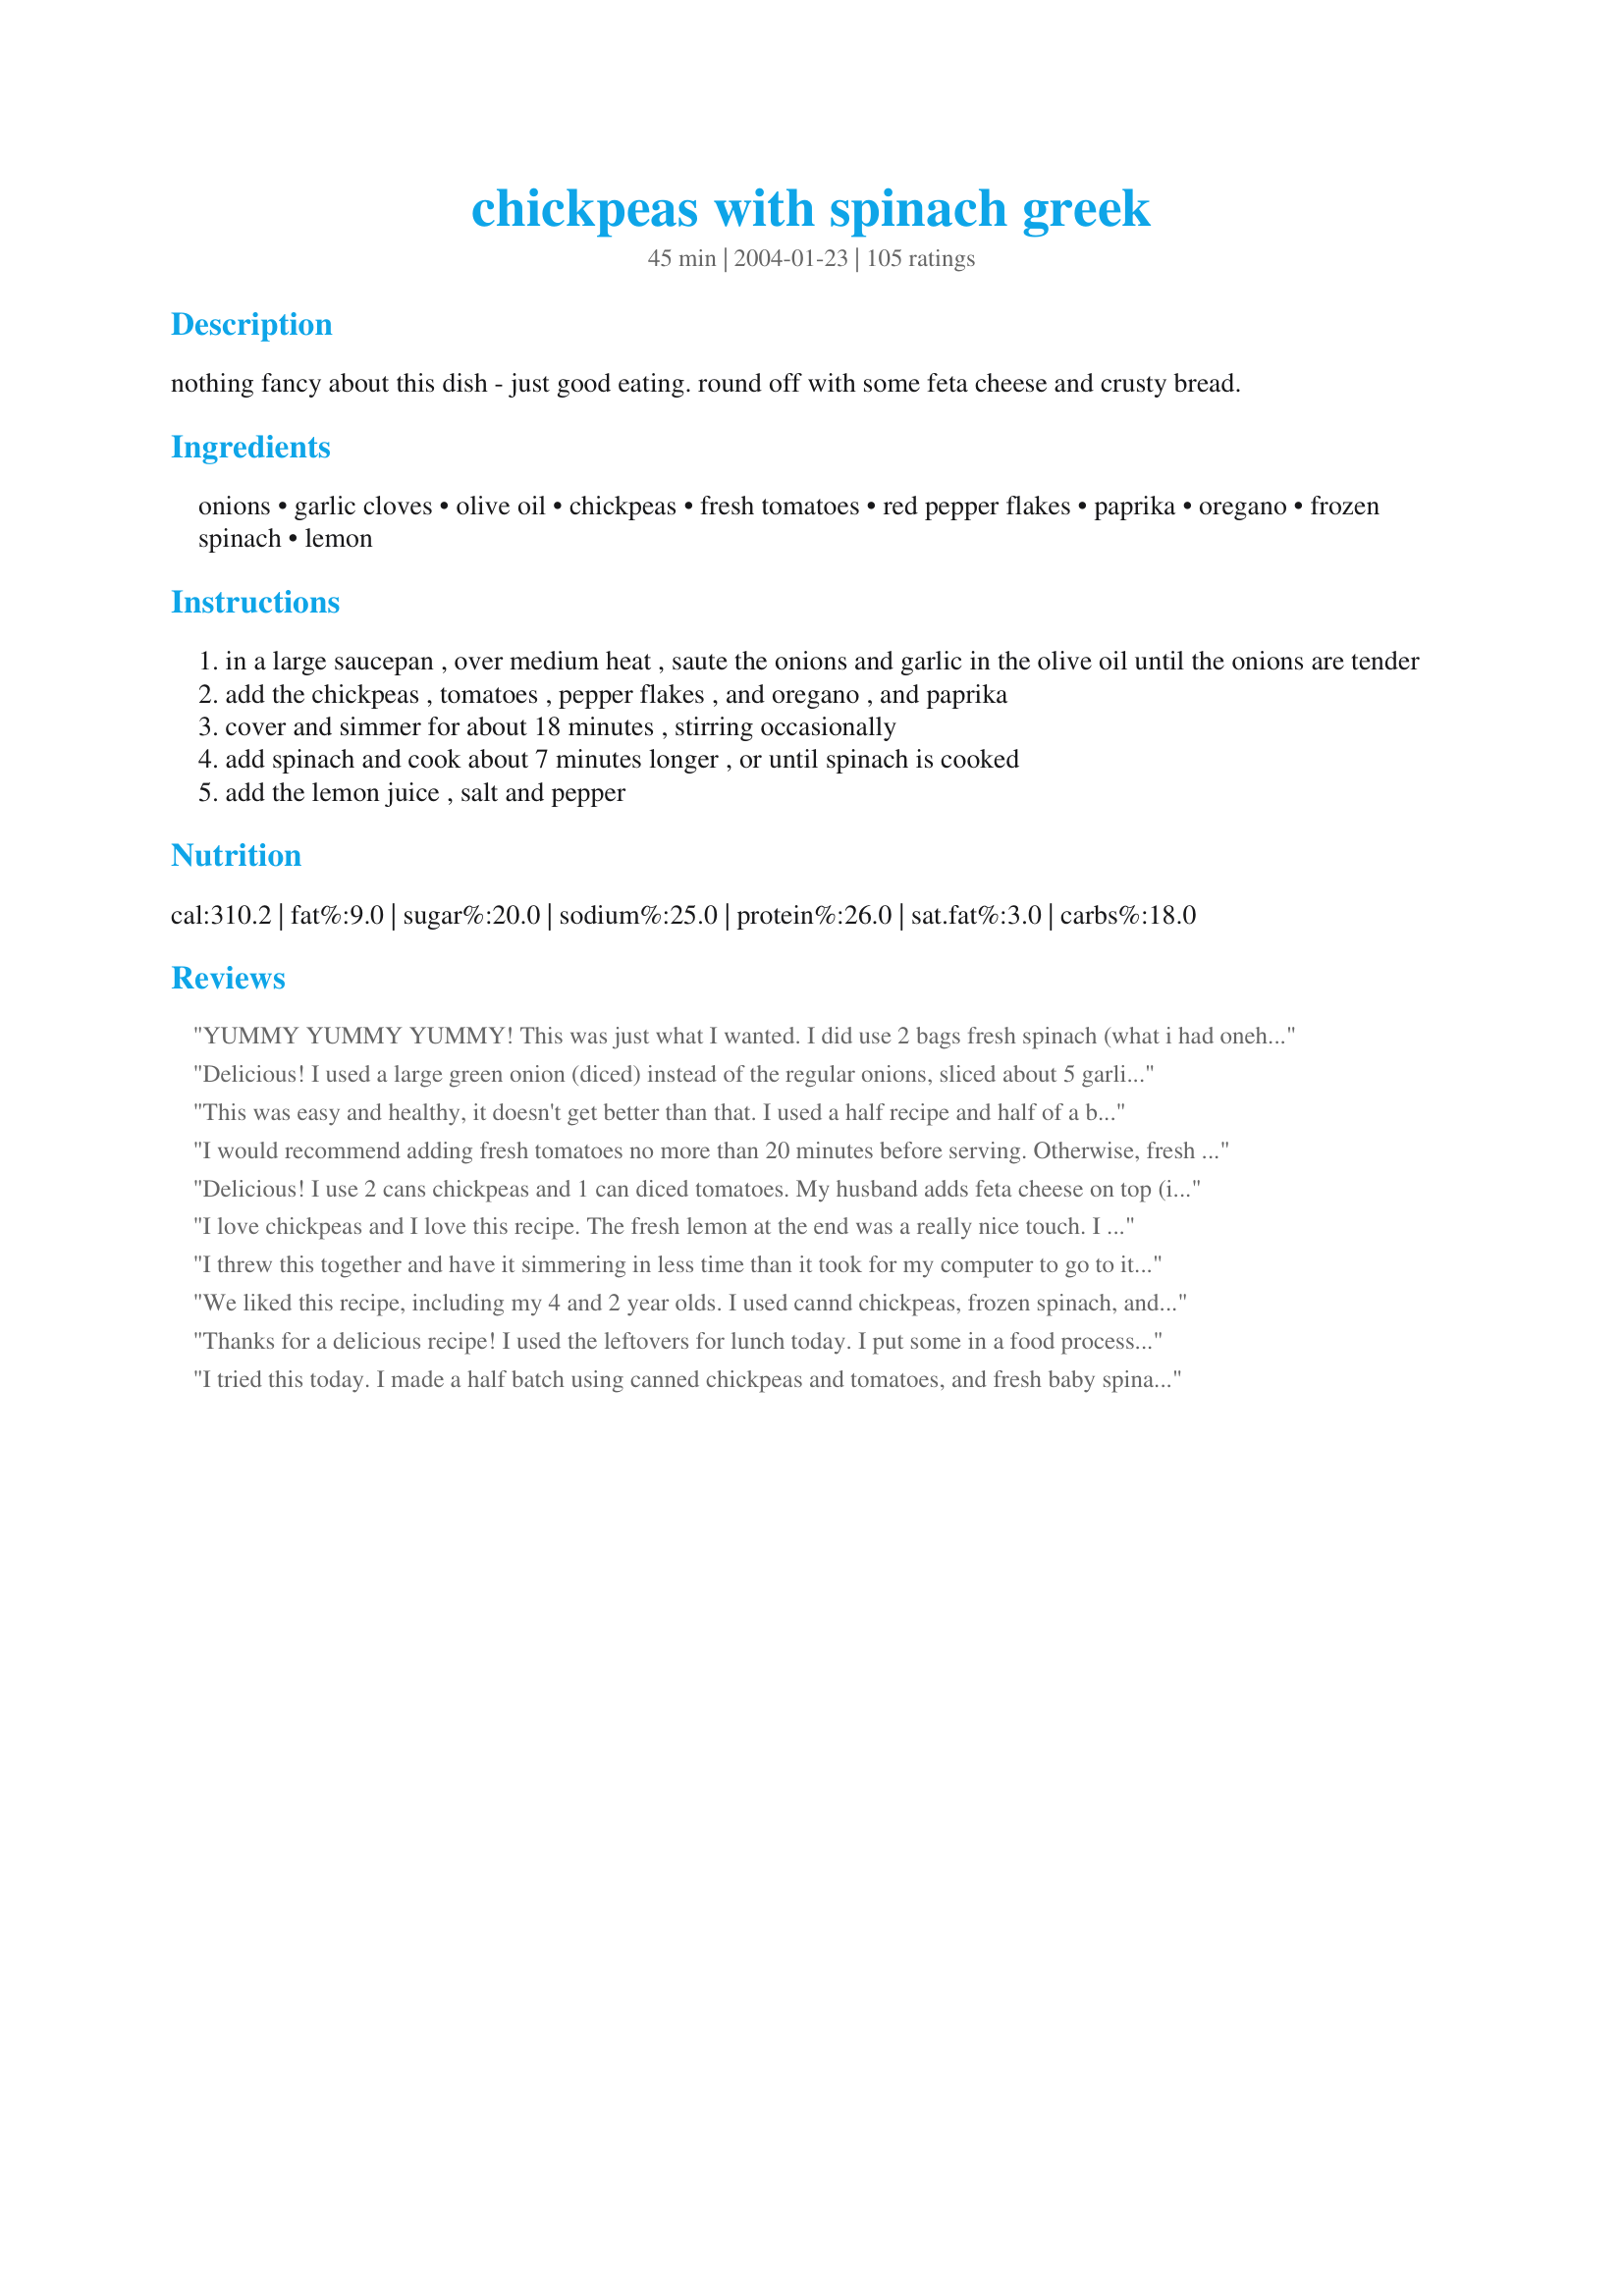
chickpeas with spinach greek
Preparation time: 45 minutes

nothing fancy about this dish - just good eating. round off with some feta cheese and crusty bread.

Ingredients:
onions, garlic cloves, olive oil, chickpeas, fresh tomatoes, red pepper flakes, paprika, oregano, frozen spinach, lemon

Steps:
in a large saucepan , over medium heat , saute the onions and garlic in the olive oil until the onions are tender
add the chickpeas , tomatoes , pepper flakes , and oregano , and paprika
cover and simmer for about 18 minutes , stirring occasionally
add spinach and cook about 7 minutes longer , or until spinach is cooked
add the lemon juice , salt and pepper

Reviews:
YUMMY YUMMY YUMMY! This was just what I wanted. I did use 2 bags fresh spinach (what i had onehand) instead of frozen (i think this made it better!) Served with white rice.
Delicious! I used a large green onion (diced) instead of the regular onions, sliced about 5 garlic cloves instead of 3 minced, used canned chickpeas and canned tomatoes because it's what I had on hand. Absolutely delicious recipe that even my "fry it 'til it's dead" husband had seconds of - my preschoolers loved it - we ate every bit! Easy and nutritious and definitely, added to our regular rotation. Thanks for a keeper!!!
This was easy and healthy, it doesn't get better than that. I used a half recipe and half of a bag of fresh spinach. I served it with garlic bread and some corn on the cob.
I would recommend adding fresh tomatoes no more than 20 minutes before serving. Otherwise, fresh tomatoes will cook away. Also, I would think that the bigger the pieces of spinach, the better--for when you're selecting; use leaf spinach rather than chopped. It makes for a much prettier dish.<br/><br/>Updated: 24 October 2011<br/>I was apprehensive, but this froze well for two months!<br/>I was prepared to have the peas be mushy, but they were not.<br/>I did use fresh chick peas, not canned.
Delicious! I use 2 cans chickpeas and 1 can diced tomatoes. My husband adds feta cheese on top (it's good either way) and we eat it with brown rice.
I love chickpeas and I love this recipe. The fresh lemon at the end was a really nice touch. I started with a couple pieces of sliced bacon and cooked the onions in a little of the bacon fat instead of olive oil. I also wanted my chickpeas a little soupier so I added some chicken stock to the simmering sauce. We didn't have any feta so I freshly grated some parmeson after plating. It was yummy! Thanks for the recipe!
I threw this together and have it simmering in less time than it took for my computer to go to its screen saver.
I used tiny canned chick peas, a whole can of chopped tomatoes, as it seemed to want more moisture, and frozen spinach. I don't think it is going to cook for more than 20 minutes, and I tasted it already, heavenly, healthy and good. This is exactly what we all need after the holidays, and will be great warmed up at work. 
The feta is in the fridge waiting for it. This is not what I wanted to have for dinner tonight, but we may not be able to help ourselves, the house smells so good!
Thanks for another simple winner!
We liked this recipe, including my 4 and 2 year olds. I used cannd chickpeas, frozen spinach, and fresh tomatoes.
Thanks for a delicious recipe! I used the leftovers for lunch today. I put some in a food processor with one raw egg, pulsed it until it was chopped fine, formed a large spoonful of the mixture into a patty, covered in flour, fried in olive oil and butter until nice and crisp. I squeezed some fresh lemon juice on each before serving with a simple mixture of Fage yogurt that I had mixed one crushed clove of garlic with. It was the perfect meal for us today!
I tried this today. I made a half batch using canned chickpeas and tomatoes, and fresh baby spinach. It is very tasty and quick. Thanks for the recipe!
This was way too good! I used canned, diced tomatoes - just cooked them down til all the liquid was gone. I also used fresh spinach. The blend of flavors was great, and the dish is very filling. Quick and easy way to get a very flavorful and healthy meal.
This was pretty good and is a keeper.

I especially enjoyed making it with dried chickpeas I'd previously cooked and frozen; they had a firmer texture than the mush you usually get from canned chickpeas. I forgot about the lemon juice at the end, as well as the bread and feta, and it was just fine that way but am looking forward to having it with feta and bread, or perhaps over brown rice next time.
We did not like it
THIS RECIPE IS WONDERFUL. I cut the recipe in half, used canned chickpeas, 1 bag fresh baby spinach, 1/4 of a small lemon and sprinkle with parmesan for an Italian dish. It was so delicious and I will be making this again. Next time I will definitely use the feta cheese and more lemon for the Greek flair. I would not serve this with anything but crusty bread as suggested. &lt;br/&gt;YUMMY, SUPER RECIPE. Thanks for sharing.
Made this for dinner last night and enjoyed it very much. The lemon cannot be omitted, it pulls all the other flavours together and makes the frozen spinach sing, which is no easy feat for frozen spinach. Thanks for this one, I will be making it regularly.
Just what I was looking for. Very filling, tasty, easy prep, and low-cost. I used canned tomatoes and juice of 1 lemon. Thanks for a delightful lunch.
I hesitated while rating this...because for flavor it was really four stars, but when I thought back at how EASY this was and how the ingredients could be kept on hand at all times, WOW. Cheap, quick, easy, tasty--that's a recipe worth writing home about. Thanks!!
This has quickly become a weekday staple in our house. We use fresh silverbeet rather than frozen spinach, and just wilt it.

Very yummy with toasted pita bread, and with crumbled feta on top.

Thanks for the great recipe.
This dish was delicious. I omitted adding the salt because I can get the same salt from my feta cheese.
This is super super good!! I love all these ingredients together and you can do lots with it! I used 2(15.5oz) cans of drained and rinsed chickpeas which yielded exactly 3 cups and 2 (14.5oz) cans of fire-roasted tomatoes that I drained and kept the juice for cooking and deglazing this dish. Used 1/4 tsp red pepper flakes and 1/2 tsp aleppo pepper flakes which have even better flavor. Only used 1/4 tsp paprika. Finally, used yellow sweet onions, plus a little more oil for all of those onions and fresh spinach. I layered the seasonings each time from the onions, then when adding the chickpeas, then spinach and loved the freshness that the lemon juice added too! This turned out really great and is great with or without the feta on top too! Thank you for the recipe!!
I had some spinach to use up so made this with canned chick peas and tomatoes, just for convenience's sake. It has a nice combination of flavours and some crumbled feta on top is the finishing touch.
Good chickpea recipe.
Mm-mm-mm! Delicious stuff! Adding feta really rounds out the taste. I halved the recipe with no problems, and unfortunately had to squeeze in bottled lemon juice as I forgot to buy lemons - I'm sure fresh juice would have made a great difference! Still, this turned out great and I will definitely make again! Thanks Ev!
Very good and healthy.
Easy and exactly my to my taste. Excellent even without the feta.
Yum! This turned out great. I would up using a little more tomato and chickpeas than the recipe called for, and no harm done. Used about 1 tsp of red pepper flakes and the heat was just right.
This is a delicious vegetarian dinner. I used freshly cooked chickpeas, sun dried tomatoes and a mixture of farm fresh spinach and baby arugula. This was served over cooked pearl barley for a heart meal. Made for *ZWT6*
I really liked this dish. I used some fresh chopped red pepper and used fresh basil instead of oregano. And for the lemon I used 1/2 green lime.

Really great!
YUM! I absolutely love this meal! It's so easy to make and tastes great. I plan to make a huge batch of this so I can have lots of leftovers.
Wow, I really liked this! I enjoy chickpeas anyhow (usually cold in salads), but I was quite impressed with them hot. This was my side dish to your Greek Lemon Chicken and Potatoes last night. I used fresh tomato (I had plenty to use up), and I used one huge Vidalia onion rather than two medium onions. I don't know if I used exactly enough chickpeas because I didn't measure them out, but I had one large can of chickpeas in the pantry, so that's what went into the pot. Even the people in the house who usually shy away from things like chickpeas enjoyed this dish! Thanks for posting!
Delicious! I added a teaspoon of the red pepper flakes, just like the other spices and I thought it could be too overpowering but it wasn&#039;t at all! It added a nice kick to the dish. I also used lemon juice instead of a lemon (didn&#039;t have a lemon) and with that I added 1 1/2 tablespoons of the juice. It was great! It accented the spinach while not making anything else have a strong lemon taste. Instead of adding the listed amount of chickpeas (3 cups) , I just used 1 1/2 cups and I thought that amount suited the other portions of the onions, spinach and tomato very well. My family loved it. Definitely making this again :)
I just love this! I use either the largest bag of fresh spinach or two smaller pre-packaged bags (the more the better!) This recipe is unique to my taste buds, and I find myself returning to cook this recipe over and over again. Delicious
Delicious, quick, and healthy. The combination of chickpeas, tomato, and spinach was fantastic. The lemon juice really put this recipe over the top for me. It added such a fresh tang. I was in a hurry, so chopped the onion and garlic in the food processor, and when it was time to add the rest I also processed the tomatoes and spinach together (not too much) and added them to the pot. I only had a cup of fresh tomatoes, so added 1/2 cup of tomato sauce to the pot. I can't believe how quickly it all came together! Well, I just finished my second bowl... and I may go for one more. Delish!! Big thanks, Evelyn!
I just made it and qte it. It was a bit watery. I used a can of chopped tomatÃ³es and a can of drainned chick peas. Also i used fresh spinnach and left out the feta. Next time i will add some tomato paste and up the spices. I think it will also be great with mangold leaves instead of spinnach. It was very quick and easy to make.
Yum!! This was so easy and so delicious! A fantastic dish, Ev. Thanks for posting!
My kids like this...I didn't use tomatoes because someone in our house can't eat them, and it was still really good. I used fresh spinach (just because I had some), but otherwise stuck to the recipe. Thanks!
I was in the mood for something healthy and not fussy. This was perfect and so delicious. Really hit the spot. The seasonings were right for my tastes. Thanks.
I&#039;ve made this recipe a couple times now for potlucks and I&#039;ve been happy both times. This time I made it from dried chickpeas which I soaked 8 hours overnight and then cooked for two hours before making this recipe. (You still cook the chickpeas with the other ingredients for the length prescribed here.)&lt;br/&gt;&lt;br/&gt;If people want more kick the recipe allows you to add red pepper flakes to taste so you can put more or less per your preference.&lt;br/&gt;&lt;br/&gt;When I made it there was a lot of &quot;soup&quot; juice from the tomatoes and lemon (thus all the suggestions to serve over rice) so I tried to cook that down further so it would be easier to transport in a container that was not a bowl. Next time I will not do that because I think it made the spinach a little too wilty to cook it longer, although it still tasted good overall. (I had frozen spinach which I cooked in its bag in a boiling pot of water then an additional 7 minutes out of the bag with the other ingredients as instructed.) Other than that the recipe is very forgiving. You could have a little more or a little less of items and still have it come out okay.&lt;br/&gt;&lt;br/&gt;This is a good comfort food and menu item basic. Not a wow recipe, but it&#039;s not a lot of work to make and provides a good source of protein that is filling.
Yummy, quick, vegetarian meal. The lemon gives it heaps of tang and flavour. I added borlotti beans because I didn't have enough chick peas, and they worked really well. Ate it as a full meal without rice or anything and it was really filling and satisfying.
Very nice dish. It had three of my most favorite ingredients: chickpeas, spinach and tomato. Didn't add feta (which I also love) but added a good sprinkling of salt to serve. This came out quite juicy (because as per recipe I defrosted spinach but did not drain), so I also served over rice which absorbed some of the juice. Also added salt when serving. Thanks Evelyn for a terrific recipe!
Great dish! Nice and easy to prepare; reheats well. I sprinkled with the recommended feta cheese. Thanks for sharing!
Made these last night, having just returned from Turkey, it reminded me of food over there. I opened the can of chick peas and found out I didn't have 3 cups, it was more like 2 cups. From that point I just winged the recipe and it turned out great. For example, I added fresh baby spinach instead of frozen spinach. Delicious with white rice, I enjoyed the combination of flavours, chick peas, canned tomatoes with herbs, sauteed onions and spinach. I would make them again. Good to have a recipe you can adjust the first time round, and have it come out great!
This was all my favorite individual ingredients, but it didn&#039;t please our palate when it was all together. I did make a few additions at the end to oomph the end product. My tomatoes fell apart when cooking (assume tinned ones would not, but I used fresh) so I added some sundried tomatoes at the end which was fun. Also added some sorta spicy black/red olives at the end (like kalamata, but not as salty and a little spicy) which was also a fun addition. At the beginning of cooking I added 1 mild orange bell pepper which blended right in and was a low cal addition. Lastly, added some Greek Seasoning. Oh and I subbed out lemon pepper for the black pepper which I highly recommend. The lemon is key to this recipe, so do not leave it out. Thanks for posting, I&#039;m glad I tried it as it was on the to do list for a few weeks now!!!
I&#039;m not really sure what happened. Made exactly as directed but my husband nor I enjoyed this dish. I served this with white rice and topped with feta cheese per other reviews. Thank God for the feta cheese, otherwise I don&#039;t think I could have eaten much. I&#039;m very confused on the rave reviews?
Delicious, nutritious, economical, quick and easy! This one goes straight into the regular roster. I did use a 19 oz. tin of chick peas, which is about 2 1/2 cups. Also fresh spinach, which I did not cook for nearly 30 minutes - more like 5. I like my spinach just wilted, so the whole dish was ready in about 20 minutes. Fabulous.
Quick, easy, and satisfying. I think the addition of lots of fresh lemon juice takes this recipe from 4 to 5 stars. We really enjoyed this with some bread (I wish we'd had some feta, too...I bet it is delicious with this). Thanks!
Wonderful! Made as side dish but will serve in pita as a meal with feta. Thanks so much!
This was easy and delicious! Good source of iron, and great with good bread.
This was so good! I was skeptical at first because I'm not a big fan of chickpeas, but it came out great! Even the kids ate it (which says a lot for my picky eaters). I doubled the recipe for 2 dinners and we will be having the second batch next week if it lasts that long.
Fantastic!
out of this world! i used fresh spinach i had on hand (which was only half the allotted amount), feta and bread, just as suggested. it was fantastic. i am definitely making this again! thank you!
We love this one! I used canned chickpeas & tomatoes and threw in fresh spinach at the end rather than frozen spinach - I don't like it too cooked. A great mix of flavors, plus it's easy & healthy. This is on my high recipe rotation now. Thanks!
Delicious and made with fresh spinach and herbs.Wouldn't change a thing.
I used fresh spinach and, given that it's winter, canned tomatoes--a little more garlic, otherwise--followed the recipe--delicious, with the lemon and oregano combining to create a rich yet light taste. Next time. I'll serve it over rice.
This made an excellent supper for us last night. I used 2 (14.5 oz) cans of chickpeas, and a heaping 1/2 tsp. of red pepper flakes. I also used 2 bunches of kale that I got at the farmer's market, but frozen spinach (or even fresh bagged spinach) would be even more convenient! I put in 2 tsp. of lemon juice at the end, and we sprinkled feta cheese on top. The seasonings were perfect, and the taste was really good. I picked up some sourdough bread to go with this. A great meal with stuff I almost always have in my pantry. This is a keeper. Thanks, Evelyn!
Evelyn, I have had this recipe in my files since forever. Well a very long time. Together with pork chops, mashed sweet potato it was a very well rounded meal. I made it for dinner tonight since it has two of DS's favourite ingredients - chickpeas and tomatoes. It's such a lovely clean tasting dish, I can see it being repeated often. Due to being slack and not realising I was out of lemons, I had to leave those out, but I added a tbs of balsamic vinegar instead. So very delicious. Thank you.
We love this dish! My hubby is a vegetarian and I am always looking for easy vegetarian meals that make everyone happy :) The only think I do differently is I use fresh spinach as i do not like the taste of frozen spinach. Like many others I was thinking I was going to need to umph it up a little with more spice, so I had them ready but it was completely not needed. Perfect as is :)
Love this dish. Very easy to make for a beginner cook like me. Thanks for such a tasty recipe!
Simple, but delicious. I used fresh spinach and just barely wilted it. I think this could serve 8 if you are eating it with other filling side dishes.
I liked it a lot. It seemed to be lacking something but I can't figure out what. The whole family ate it with a smile on so it's a winner!
Excellent! We topped it with some sliced steak (for the carnivores out there). The feta and the crusty bread are an excellent recommendation - truly highlight the flavours in this dish. The is one of the best things I've eaten in a long time! And my 2 year old ate it too!
Delicious, simple, surprisingly tasty considering the basic ingredients. We used fresh spinach and I think it is essential. Thanks so much for sharing! We'll make this again.
Excellent recipe. Fresh lemon juice and spinach is a must. Would prefer smaller chickpeas as they seemed so large? Will make often.
This was simple and delicious. I'll definitely be making it again!
Really enjoyed this. I used fresh spinach, not frozen but did everything else as written. Loved it with feta on top. quick and easy.
this was very good, and very healthy! i used cooked (from dried) chickpeas (leaving them on the crunchy side) and canned tomatoes. in the directions, you say to add pepper flakes, but they're not in the ingredient list. i added a little, but next time i will add more, as i couldn't detect the spiciness, and i think that would add to the dish nicely. i might try to add a little sweetness next time to balance the acidity of the tomatoes.
Excellent dish! I used fresh spinach and it worked well. Nice flavor. I too, will add this to my regular rotation!
Love this! Easy and healthy, plus I loved the addition of lemon! I did not cook this for the full 30 minutes either--about 10, and I couldn't wait any more! I am sure I'll make this often. Served with a big hunk of feta cheese....Thanks!
Looks tasty and easy to make! Beautiful vegetarian dish. I also like another version of this at http://www.lakoniaoliveoil.co.uk/greek-recipes/chickpea-spinach-salad.php&lt;br/&gt;Both are really very healthy recipes
Wow - I loved this. The only things I changed was that I, too, used fresh spinach instead. I also threw in a sliced zucchini because I had one I wanted to use up. I didn't mess with the seasonings - they were perfect. Even my chickpea-disliking DH happily ate a bowl after the aroma tempted him to taste it. :) I know I will make this one often. Thank you so much for sharing this.
My sentiments exactly (Jenny Sanders). I used two (15.5 oz)drained & rinsed cans of chickpeas & probably half the amount of fresh spinach (did not chop). Used the juice of one whole lemon. My meat loving husband actually praised the abundance of flavors in this meatless, protein & fiber filled dish! My 4 year old daughter enjoyed it equally as well! Thanks for posting this quick dish!
I liked this, but unfortunately nobody else in the house liked it. We served it over brown rice and topped it with feta cheese. My husband thought it was OK, but the kids hardly touched it and said they really didn&#039;t like it. I think this is a good recipe for adults, but not very kid-friendly.
Simple and delicious. I used canned chic peas, fresh spinach and I actually used mild salsa since tomatoes were scarce. Added a little chick stock to make it saucier so I could serve it over brown rice. Next time I will make it with kale or swiss chard. Excellent! Thanks for sharing.
Outstanding! Made this last night and it was inhaled. I served with foccacia and a baked feta dish. I added extra oregano, paprika, pepper, sea salt, and lots of pepper flakes-I love my spicy food! My friends raved about it, it's 10:00 am and I'm eating the leftovers cold as I type. I would recommend draining the chickpeas so it doesn't wind up too watery. Thanks for this wonderful dish!
I followed the recipe except I used fresh spinach. The taste was excellent. I did not put lemon into the whole dish, but served slices at the table for everyone to use to taste. The lemon made it very fresh. I will definitely do this again. Thank you.
I made a half batch- I used 1 can of chickpeas and a can of petite diced tomatoes instead of fresh. I also used about 3 - 4 cups of fresh spinach rather than using frozen. I topped with parmesan since I didn't have feta, but I can tell it would be even better with feta. Thanks for a great recipe, I will definitely make again.
ETA 10/9/08- I make this dish 1-2 times a month, since its easy to whip up on my lunch break and is WW core (minus the cheese).
I made a half recipe of this, but after carefully measuring 3/4 cup of tomatoes and looking in the can, I threw the last two little ones and the bit of juice in too. I was given fresh oregano, so used about a chopped tablespoon of it and a big pinch of dried as dried is much more aromatic I think. My one onion was quite large, so all in all, this made a huge amount for two but I plan to take the rest with us fishing tomorrow when we'll eat it cold for our lunch.
Delicious. I used fresh spinach, added mushrooms (since I had them--any veggie would go well), and topped with a dollop of yoghurt (since I didn't have feta). It tastes awesome considering the time and money spent on the dish.
I just made this recipe and it is great! Thank You! I am always looking for great recipes to use spinach and this is one I will use often.
Very good recipe - it tastes really good plus it's easy to make and healthy too! I served it over quinoa and it was perfect!
I really enjoyed this recipe. Also used fresh spinach instead of frozen, and a 14.5 oz can of organic diced tomatoes. After adding the spinach I had to add a half a cup or so of water because it seemed too dry for me; then in addition to the lemon juice, I also grated some lemon rind into it (I like the lemon flavor a lot) - made it very fresh tasting. Served over brown rice with a little soy sauce (I like the flavor of soy sauce). Yummy!
I loved this dish - i'm a big fan of chickpeas so it was great. I think next time i'd use more garlic and paprika. I used fresh spinach which was delicious. Thanks!
Like other reviewers, I thought this recipe was very good. It is very simple, not a whole lot of prep. I used green onions instead of conventional ones, canned chickpeas and tomatoes, and frozen spinach. I served it over brown rice. I think it would be great in a pita pocket, too. Fiance loved it and expressed a desire for me to make it again.
SUPERB & SIMPLE! Very easy to make and wonderful tastes - kind of a "Greek Comfort Food!" Thanks for a great recipe - will make again and again.
Good. Better when I sprinkled feta on top. I never would have thought of combining these things and glad I did. Thank you.
Excellent - hardy and filling too! I was surprised as others were that this was fully flavored. I served this on a chicken breast and topped with feta crumbles. I used fresh spinach (about 6 cups but there were no "real" tomatoes so I opted for canned. Those who like greek (and chickpeas) I highly recommend. Thank you so much for sharing!
Can't I give more stars? This has become our favorite dish! We have been trying to get out of a rut as well as add 1 vegetarian dish each week. We used fresh spinach(we don't like frozen or canned veggies) and served over tri colored couscous. We also topped with feta as suggested. Thanks so much for posting!
Surprisingly tasty. It seemed kind of plain and boring so I wasn't convinced to make it, but it was really good. I would make it again. I made the garbanzos from dried and I think that made a big difference.
This was really good. I left out the tomatoes, (don't care for them hot) and added some feta. Thank you, I would have never thought of this!
Yummy, very healthful. Next time I would use less lemon juice...used two lemons and the lemon taste was a bit too overpowering - evelyn/athens does say she uses juice from 1.5 lemons. After 3 days the lemon taste has subsided a bit. Also think I used too much onion.
Very delicious. The only differences from the recipe were: 1) I added the frozen spinach (unthawed) to the chickpeas and tomato mixture, covered, and simmered it all together for 20 minutes or so, rather than adding the thawed spinach later; and 2) instead of lemon juice, I "Italianized" it by adding freshly grated Parmesan cheese instead.
I wanted to cook something healthy and this dish does it! Plus, it tastes good. I will definitely make this again.
I made this a few months ago for the first time and forgot to rate it. I made it with frozen spinach the first time, and it was much better the next time(s) with fresh spinach added towards the end as other users have said. It's actually just as yummy cold with bread as it was hot, which makes it great for skipping the line for the microwaves at work. Thanks for sharing!
Delicious. I follow the recipe as is and occasionally forget the lemon. It always comes out yummy. Don't forget the salt; it really brings out all the flavors. We serve with ciabatta bread. Thanks for the awesome recipe - we eat this at least once a week!
I must admit that I had a momentary qualm when I set this on the table with just a loaf of fresh Armenian Peda bread and cantaloupe. However, it was a great success and even the kids who were a little dubious about the concept liked it. I used canned chickpeas (well-rinsed), and fresh tomatoes and spinach (just cook for a couple of minutes). Very tasty.
Easy and healthy dish. Must have the lemons or it will be too plain.
Love it with crumbled feta on top. Will be cooking often this winter, a great quick and satisfying meal. Thank you.
Really, really good!!! I was trying to use up tomatoes and spinach I had that were getting old and came across this. LOVED it! I only used 1 onion (and it was plenty) and 5 cloves of garlic. I also used fresh spinach. Served with parmesan rather than feta since I was making an italian dinner tonight. I also used only 1 lemon. Will make again.
Very flavorful! Made this to go along with some spanikopita I was serving. Due to dietary restrictions, I had to omit the lemon juice and the tomatoes, so I added the feta to the mixture to give the impression of acidity and it turned out well. Thanks for this recipe!
Very tasty and flavorful! I am going to use fresh spinach next time. Thanks for sharing!
I love chick peas and I love spinach and this recipe was perfect. I did eliminate the oregano due to a food allergy and did use the frozen spinach, canned chick peas and canned tomatoes and it was delicious. And very easy too.
It was great considering how easy and healthy it was. My boyfriend liked it more than I did
An easy vegan dinner! I brought 1 cup of dried chickpeas with a tea bag and bayleaf to a boil and left to soak overnight. Followed the recipe exactly--it was satisfying, fresh, and quick! I added a dallop of greek yogurt (not vegan anymore). I kept thinking how good I was being to my body by eating this, and will make this again very soon. Thank you!
I love this - we use a jar of chickpeas and a can of tomatoes and one bag of fresh spinach and served over white rice it makes two meals for two of us easily. We love it - it's super simple to make and although we are meat eaters, I'm excited to make this for my veggie friends I think they will love it too. I do add a couple of drops of Worcestershire sauce also.
i did'nt like this. i put 1/2 lemon in it and all i could taste was the lemon, so i ended up putting loads of cream in to try and counter-balance. i also prefer an indian version of this with cumin etc.
